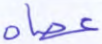
عصاه